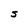
Character: S